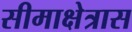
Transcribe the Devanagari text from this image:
सीमाक्षेत्रास